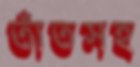
তাঁতসহ